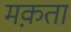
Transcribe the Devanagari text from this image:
मक़ता